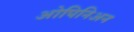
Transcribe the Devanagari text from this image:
ओपिनिअन